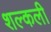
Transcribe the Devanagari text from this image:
शल्कली